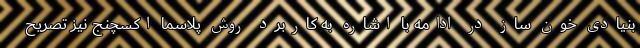
بنیادی خون ساز در ادامه با اشاره به کاربرد روش پلاسما اکسچنج نیز تصریح